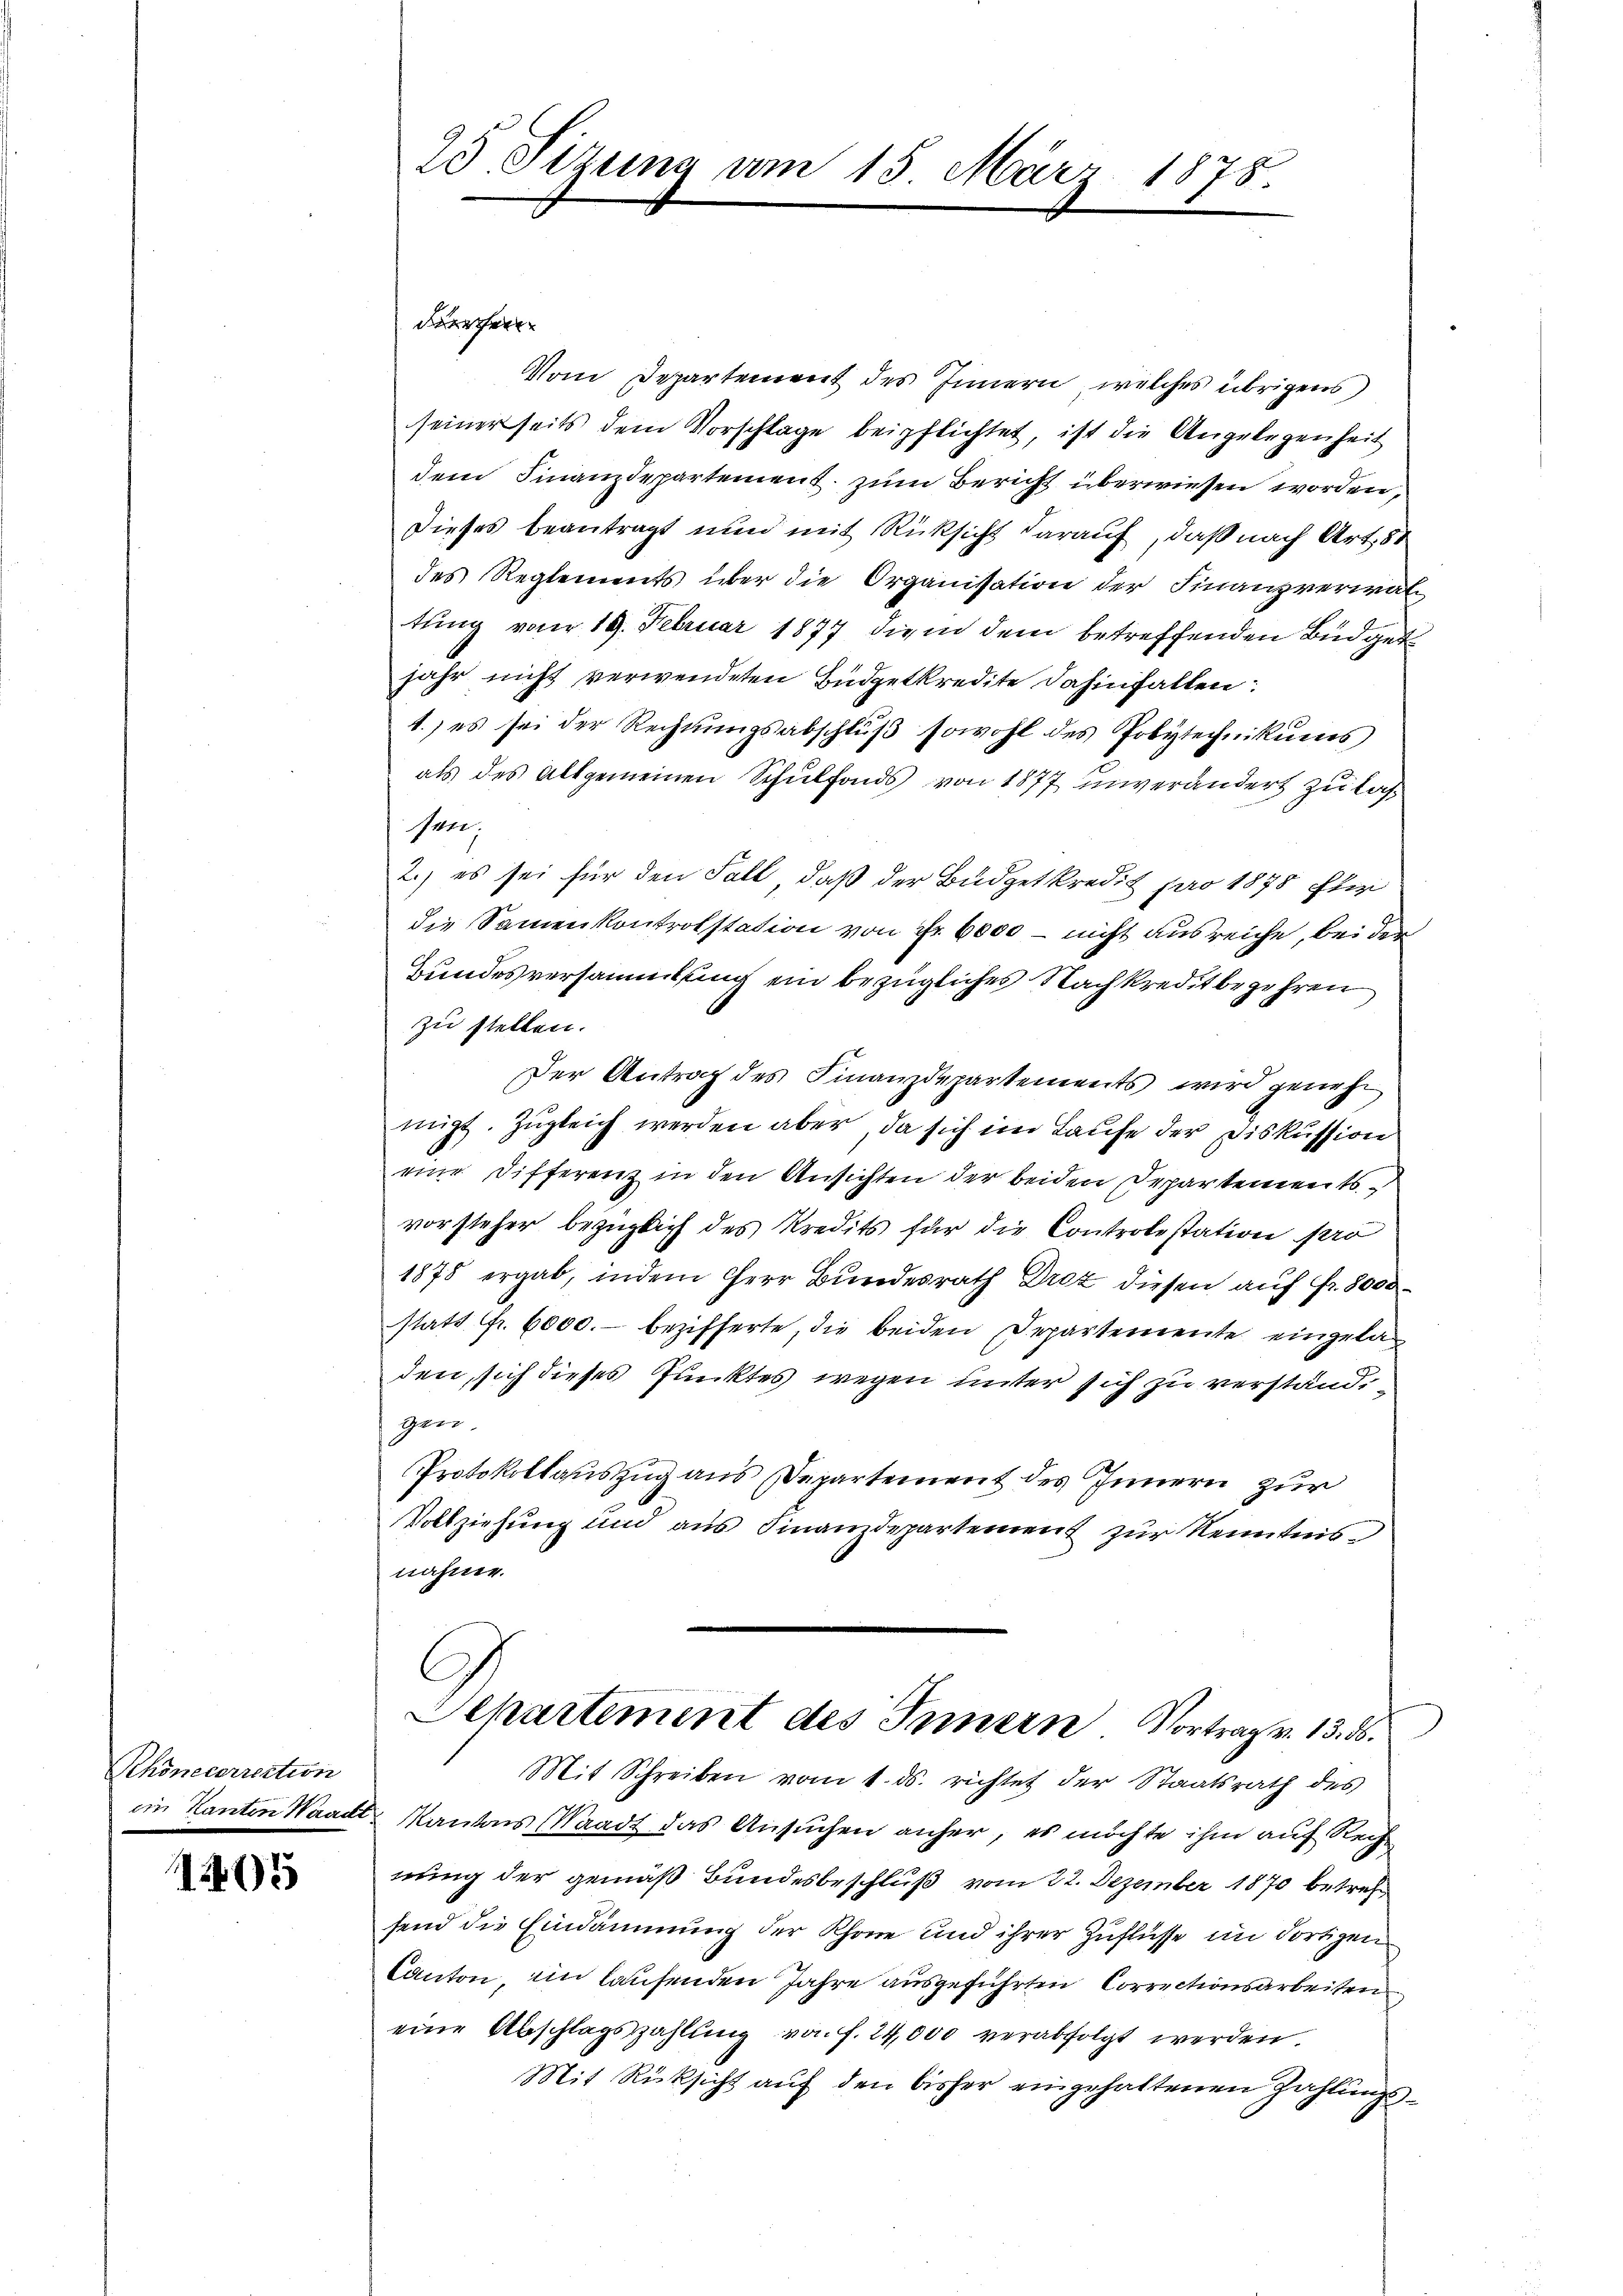
Rhonecerrection
ein Kanton Wande

1405

25 Sizung am 15. März 1875.

dürchen

Vom Departement des Innern, welches übrigens
seinerseits dem Vorschlage beipflichtet, ist die Angelegenheit
dem Finanzdepartement zum Bericht überwiesen worden,
Dieses beantragt und mit Rücksicht darauf, daß nach Art. 51
des Reglements über die Organisation der Finanzverwaltung vom 19. Februar 1877 die in dem betreffenden Büdget
jahr nicht verwendeten Büdgetkredite dahinfallen:
1.) es sei der Rechnungsabschluß sowohl des Polytechnikums
als des Allgemeinen Schulfonds von 1877 unverändert zu lassen;
2.) es sei für den Fall, daß der Budgetkredit pro 1878 für
die Samenkontrolstation von Fr. 6000 - nicht ausreiche, bei der
Bundesversammlung ein bezügliches Nachkreditbegehren
zu stellen.
Der Antrag des Finanzdepartements wird geneh
migt. Zugleich werden aber, da sich im Laufe der Diskussion
eine Differenz in den Ansichten der beiden Departementsvorsteher bezüglich des Kredits für die Controlestation pro
1878 ergab, indem Herr Bundesrath Droz diesen auf Fr. 8000
statt fr. 6000.- bezifferte, die beiden Departemente eingeladen, sich dieses Punktes wegen unter sich zu verständigen.
Protokollauszug aus Departement des Innern zur
Vollziehung und aus Finanzdepartement zur Kenntnisnahme.
Departement des Innern Vortrag v. 13. d.
Mit Schreiben vom 1. ds. richtet der Staatsrath des
 Kantons Waadt das Ansuchen anher, es möchte ihm auf Rech
nung der gemäß Bundesbeschluß vom 22. Dezember 1870 betrefsend die Eindammung der Schöne und ihrer Zuflüsse im dortigen
Canton, im laufenden Jahre ausgeführten Correctionsarbeiten
eine Abschlagszahlung von f. 24,000 verabfolgt werden.
Mit Rücksicht auf den bisher eingehaltenen Zahlungs¬